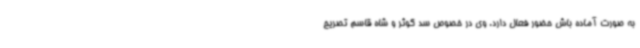
به صورت آماده باش حضور فعال دارد. وی در خصوص سد کوثر و شاه قاسم تصریح